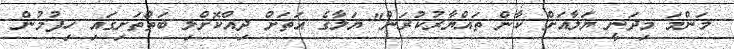
މަންމަ މިދަނީ ޔަލާއަށް ކާން ތައްޔާރުކުރަން" ޔަލާގެ އަތަށް ދިއްކޮށްލި ބަތްތަށިގައި ހިފުމުން